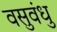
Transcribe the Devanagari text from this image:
वसुवंधु